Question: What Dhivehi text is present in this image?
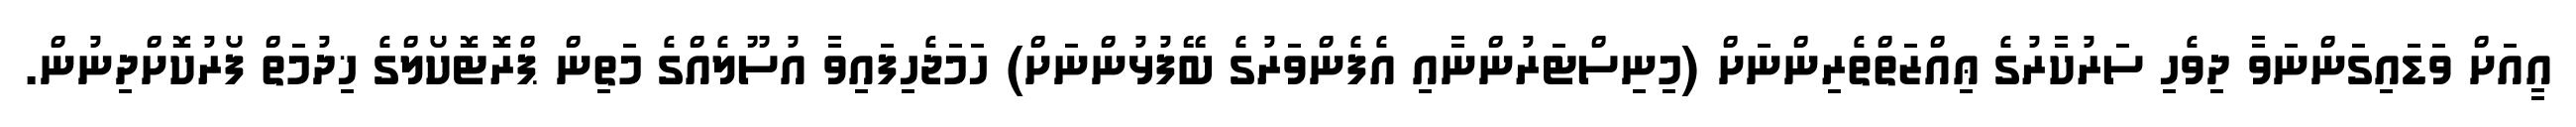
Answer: އީއަށް ވަޑައިގަންނަވާ ދިވެހި ސަރުކާރުގެ ޢިއްޒަތްތެރިންނަށް (މިނިސްޓަރުންނާއި އެފެންވަރުގެ ބޭފުޅުންނަށް) ހަމަޖެހިފައިވާ އުސޫލެއްގެ މަތިން ޕްރޮޓޮކޯލްގެ ޚިދުމަތް ފޯރުކޮށްދިނުން.